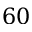
6 0